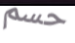
حسم